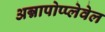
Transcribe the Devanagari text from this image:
अन्नापोप्प्लेवेल